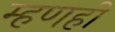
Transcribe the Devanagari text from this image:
म्हणही